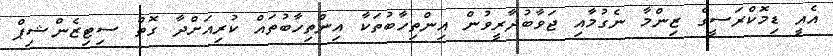
އެއީ ޑިމޮކްރަސީގެ ޒިންމާ ނެގުމާއި ޖަވާބުދާރީވުން އިންތިހާބުތަކާ އިންތިހާބުތައް ކުރިއަށްދާ ގޮތް ސިޓިޒެންޝިޕް